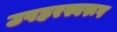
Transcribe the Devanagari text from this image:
उपहरस्वरूप